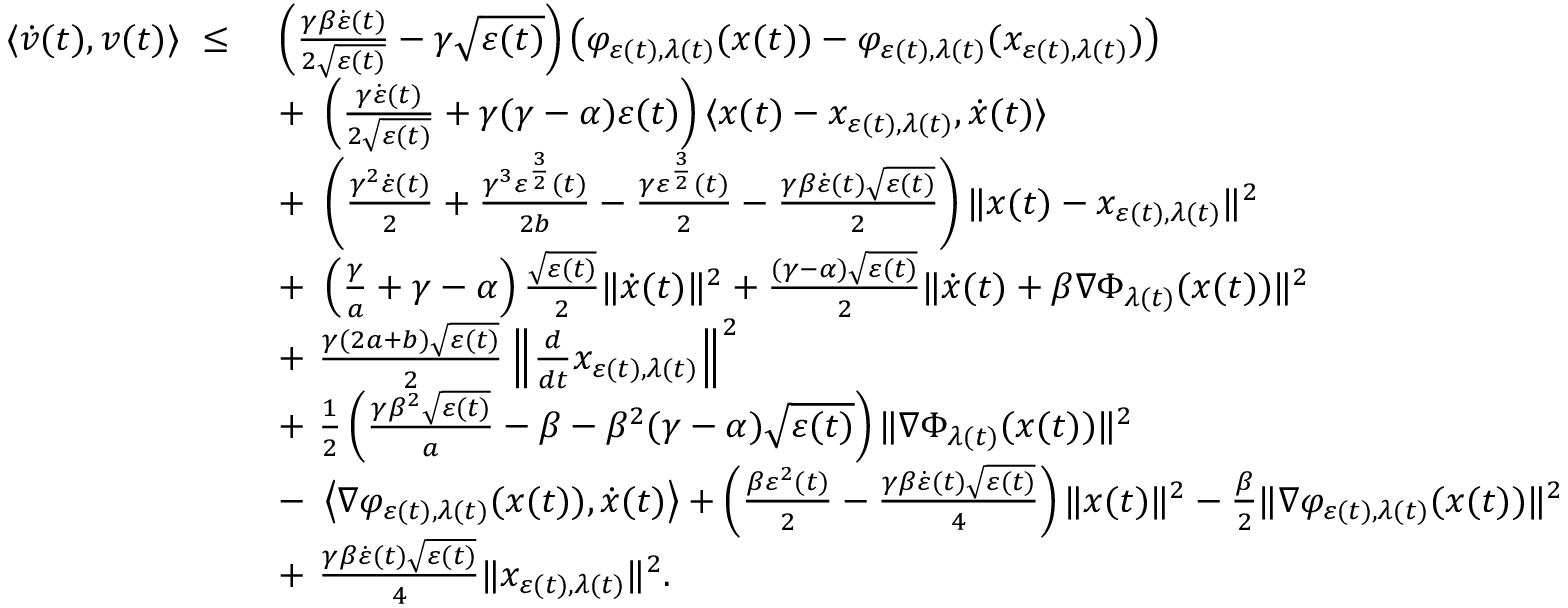
\begin{array} { r l } { \langle \dot { v } ( t ) , v ( t ) \rangle \ \leq \ } & { \left( \frac { \gamma \beta \dot { \varepsilon } ( t ) } { 2 \sqrt { \varepsilon ( t ) } } - \gamma \sqrt { \varepsilon ( t ) } \right) \left( \varphi _ { \varepsilon ( t ) , \lambda ( t ) } ( x ( t ) ) - \varphi _ { \varepsilon ( t ) , \lambda ( t ) } ( x _ { \varepsilon ( t ) , \lambda ( t ) } ) \right) } \\ & { + \ \left( \frac { \gamma \dot { \varepsilon } ( t ) } { 2 \sqrt { \varepsilon ( t ) } } + \gamma ( \gamma - \alpha ) \varepsilon ( t ) \right) \langle x ( t ) - x _ { \varepsilon ( t ) , \lambda ( t ) } , \dot { x } ( t ) \rangle } \\ & { + \ \left( \frac { \gamma ^ { 2 } \dot { \varepsilon } ( t ) } { 2 } + \frac { \gamma ^ { 3 } \varepsilon ^ { \frac { 3 } { 2 } } ( t ) } { 2 b } - \frac { \gamma \varepsilon ^ { \frac { 3 } { 2 } } ( t ) } { 2 } - \frac { \gamma \beta \dot { \varepsilon } ( t ) \sqrt { \varepsilon ( t ) } } { 2 } \right) \| x ( t ) - x _ { \varepsilon ( t ) , \lambda ( t ) } \| ^ { 2 } } \\ & { + \ \left( \frac { \gamma } { a } + \gamma - \alpha \right) \frac { \sqrt { \varepsilon ( t ) } } { 2 } \| \dot { x } ( t ) \| ^ { 2 } + \frac { ( \gamma - \alpha ) \sqrt { \varepsilon ( t ) } } { 2 } \| \dot { x } ( t ) + \beta \nabla \Phi _ { \lambda ( t ) } ( x ( t ) ) \| ^ { 2 } } \\ & { + \ \frac { \gamma ( 2 a + b ) \sqrt { \varepsilon ( t ) } } { 2 } \left\| \frac { d } { d t } x _ { \varepsilon ( t ) , \lambda ( t ) } \right\| ^ { 2 } } \\ & { + \ \frac { 1 } { 2 } \left( \frac { \gamma \beta ^ { 2 } \sqrt { \varepsilon ( t ) } } { a } - \beta - \beta ^ { 2 } ( \gamma - \alpha ) \sqrt { \varepsilon ( t ) } \right) \| \nabla \Phi _ { \lambda ( t ) } ( x ( t ) ) \| ^ { 2 } } \\ & { - \ \left\langle \nabla \varphi _ { \varepsilon ( t ) , \lambda ( t ) } ( x ( t ) ) , \dot { x } ( t ) \right\rangle + \left( \frac { \beta \varepsilon ^ { 2 } ( t ) } { 2 } - \frac { \gamma \beta \dot { \varepsilon } ( t ) \sqrt { \varepsilon ( t ) } } { 4 } \right) \| x ( t ) \| ^ { 2 } - \frac { \beta } { 2 } \| \nabla \varphi _ { \varepsilon ( t ) , \lambda ( t ) } ( x ( t ) ) \| ^ { 2 } } \\ & { + \ \frac { \gamma \beta \dot { \varepsilon } ( t ) \sqrt { \varepsilon ( t ) } } { 4 } \| x _ { \varepsilon ( t ) , \lambda ( t ) } \| ^ { 2 } . } \end{array}